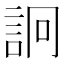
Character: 詗